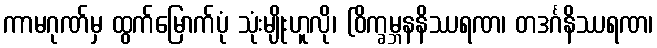
ကာမဂုဏ်မှ ထွက်မြောက်ပုံ သုံးမျိုးဟူလို၊ (ဝိက္ခမ္ဘနနိဿရဏ၊ တဒင်္ဂနိဿရဏ၊